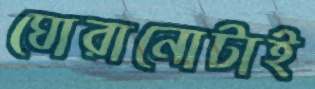
ঘোরানোটাই